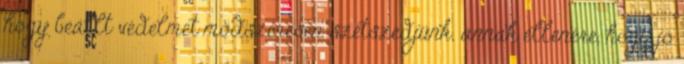
hogy beállt védelmet módszeresen szétszedjünk. annak ellenére, hogy jó